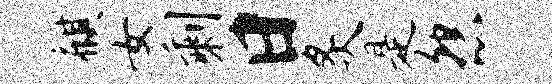
麒女剩日炙是怨